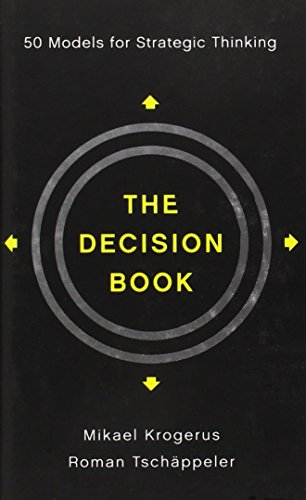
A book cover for The Decision Book: 50 Models for Strategic Thinking; Mikael Krogerus; Business & Money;